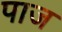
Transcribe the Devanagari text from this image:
पाज